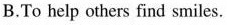
B.To help others find smiles.